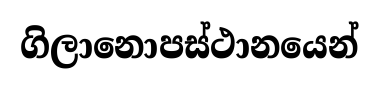
ගිලානොපස්ථානයෙන්